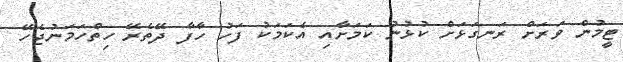
ޓީމުން ވަރަށް ރަނގަޅަށް ކުޅުނު ކަމަށާއި އެކަމަކު ފަހު ހާފާ ދޭތެރޭ ހިތްހަމަނުޖެހޭ